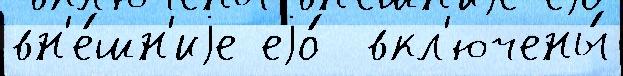
вн'е́шн'иjе еjо́  вкл'ючены́